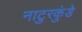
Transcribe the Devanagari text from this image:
नाटुरकुंडे